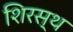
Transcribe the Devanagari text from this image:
शिरस्थ